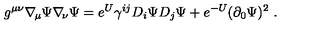
g ^ { \mu \nu } \nabla _ { \! \mu } \Psi \nabla _ { \! \nu } \Psi = e ^ { U } \gamma ^ { i j } D _ { i } \Psi D _ { j } \Psi + e ^ { - U } ( \partial _ { 0 } \Psi ) ^ { 2 } \ .